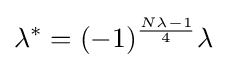
\lambda ^{*}=(-1)^{\frac {N\lambda -1}{4}}\lambda